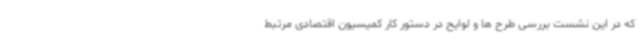
که در این نشست بررسی طرح ها و لوایح در دستور کار کمیسیون اقتصادی مرتبط